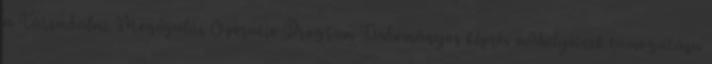
a Társadalmi Megújulás Operatív Program Tudományos képzés műhelyeinek támogatása